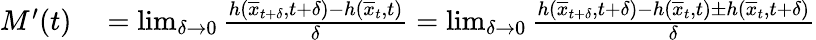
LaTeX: \begin{array}{rl}{M^{\prime}(t)}&{{}=\operatorname*{lim}_{\delta\rightarrow 0}\frac{h(\overline{{x}}_{t+\delta},t+\delta)-h(\overline{{x}}_{t},t)}{\delta}=\operatorname*{lim}_{\delta\rightarrow 0}\frac{h(\overline{{x}}_{t+\delta},t+\delta)-h(\overline{{x}}_{t},t)\pm h(\overline{{x}}_{t},t+\delta)}{\delta}}\end{array}